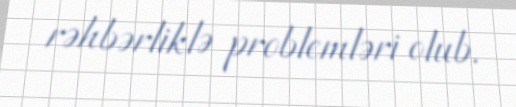
rəhbərliklə problemləri olub.